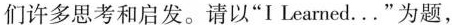
们许多思考和启发。请以“I Learned\ldots”为题，